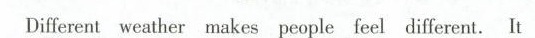
Different weather makes people feel different. It